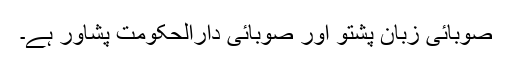
صوبائی زبان پشتو اور صوبائی دارالحکومت پشاور ہے۔